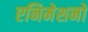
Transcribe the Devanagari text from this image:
एनिमेशनों